Report of the Indian Hemp Drugs Commission, 1894-1895 - Volume VI
Year: 1894
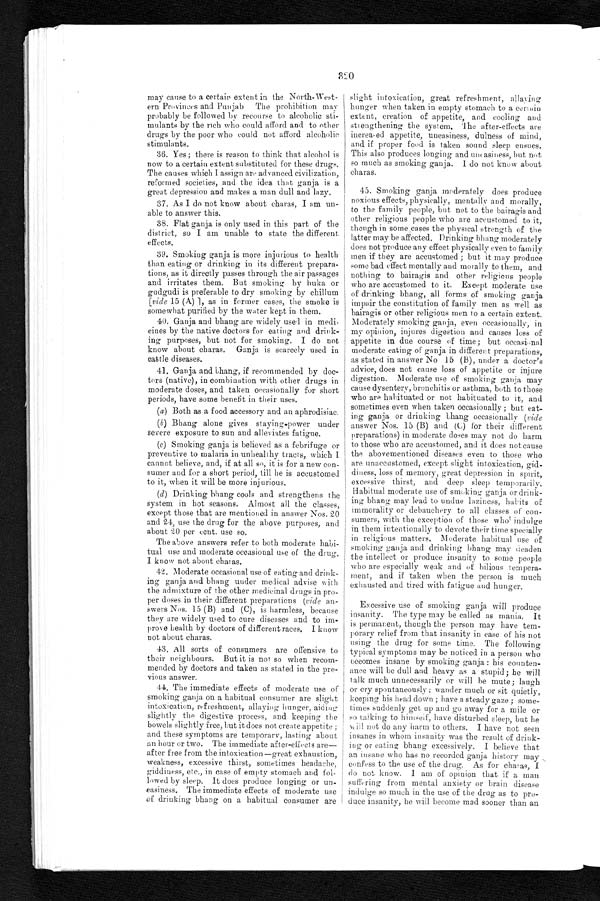
may cause to a certain extent in the North-West
- e r n P r o v i n c e s a n d P u n j a b T h e p r o h i b i t i o n m a y
probably be followed by recourse to alcoholic sti--
mulants by the rich who could afford and to other
drugs by the poor who could not afford alcoholic
stimulants.
36. Yes; there is reason to think that alcohol is
now to a certain extent substituted for these drugs.
The causes which I assign are advanced civilization,
reformed societies, and the idea that ganja is a
great depression and makes a man dull and lazy.
37. As I do not know about charas, I am un
-able to answer this.
38. Flat ganja is only used in this part of the
district, so I am unable to state the different
effects.
39. Smoking ganja is more injurious to health
than eating or drinking in its different prepara
- t i o n s , a s i t d i r e c t l y p a s s e s t h r o u g h t h e a i r p a s s a g e s
and irritates them. But smoking by huka or
gudgudi is preferable to dry smoking by chillum
[vide 1 5 ( A. ) ] , a s i n f o r me r c a s e s , t h e s mo k e i s
somewhat purified by the water kept in them.
40. Ganja and bhang are widely used in medi
-cines by the native doctors for eating and drink
- i n g p u r p o s e s , b u t n o t f o r s m o k i n g . I d o n o t
know about charas. Ganja is scarcely used in
cattle diseases.
41. Ganja and bhang, if recommended by doc
- t o r s ( n a t i v e ) , i n c o m b i n a t i o n w i t h o t h e r d r u g s i n
moderate doses, and taken occasionally for short
periods, have some benefit in their uses.
( a ) B o t h a s a f o o d a c c e s s o r y a n d a n a p h r o d i s i a c .
(b) Bhang alone gives staying-power under
severe exposure to sun and alleviates fatigue.
(c) Smoking ganja is believed as a febrifuge or
preventive to malaria in unhealthy tracts, which I
cannot believe, and, if at all so, it is for a new con
- s u m e r a n d f o r a s h o r t p e r i o d , t i l l h e i s a c c u s t o m e d
to it, when it will be more injurious.
(d) Drinking bhang cools and strengthens the
system in hot seasons. Almost all the classes,
except those that are mentioned in answer Nos. 20
and 24, use the drug for the above purposes, and
about 20 per cent. use so.
The above answers refer to both moderate habi
- t u a l u s e a n d m o d e r a t e o c c a s i o n a l u s e o f t h e d r u g .
I know not about charas.
42. Moderate occasional use of eating and drink
- i n g g a n j a a n d b h a n g u n d e r m e d i c a l a d v i s e w i t h
the admixture of the other medicinal drugs in pro--
per doses in their different preparations (vide an
- s w e r s N o s . 1 5 ( B ) a n d ( C ) , i s h a r m l e s s , b e c a u s e
they are widely used to cure diseases and to im--
prove health by doctors of different races. I know
not about charas.
43. All sorts of consumers are offensive to
their neighbours. But it is not so when recom-
mended by doctors and taken as stated in the pre--
vious answer.
44. The immediate effects of moderate use of
smoking ganja on a habitual consumer are slight
intoxication, refreshment, allaying hunger, aiding
slightly the digestive process, and keeping the
bowels slightly free, but it does not create appetite;
and these symptoms are temporary, lasting about
an hour or two. The immediate after-effects are
— a f t e r f r e e f r o m t h e i n t o x i c a t i o n — g r e a t e x h a u s t i o n ,
weakness, excessive thirst, sometimes headache,
giddiness, etc., in case of empty stomach and fol
-lowed by sleep. It does produce longing or un
- e a s i n e s s . T h e i m m e d i a t e e f f e c t s o f m o d e r a t e u s e
of drinking bhang on a habitual consumer are
slight intoxication, great refreshment, allaying
hunger when taken in empty stomach to a certain.
extent, creation of appetite, and cooling and
strengthening the system. The after-effects are
increased appetite, uneasiness, dulness of mind,
and if proper food is taken sound sleep ensues.
This also produces longing and uncasiness, but not
so much as smoking ganja. I do not know about
charas.
45. Smoking ganja moderately does produce
noxious effects, physic-ally, mentally and morally,
to the family people, but not to the bairagis and
other religious people who are accustomed to it,
though in some cases the physical strength of the
latter may be affected. Drinking bhang moderately
does not produce any effect physically even to family
men if they are accustomed; but it may produce
some bad effect mentally and morally to them, and
nothing to bairagis and other religions people
who are accustomed to it. Except moderate use
of drinking bhang, all forms of smoking ganja
impair the constitution of family men as well as
bairagis or other religious men to a certain extent.
Moderately smoking ganja, even occasionally, in
my opinion, injures digestion and causes loss of
appetite in due course of time; but occasional
moderate eating of ganja in different preparations,
as stated in answer No 15 (B), under a doctor's
advice, does not cause loss of appetite or injure
digestion. Moderate use of smoking ganja may
cause dysentery, bronchitis or asthma, both to those
who are habituated or not habituated to it, and
sometimes even when taken occasionally; but eat--
ing ganja or drinking bhang occasionally (vide
answer Nos. 15 (B) and (C) for their different
preparations) in moderate doses may not do harm
to those who are accustomed, and it does not cause
the abovementioned diseases even to those who
are unaccustomed, except slight intoxication, gid-
-diness, loss of memory, great depression in spirit,
excessive thirst, and deep sleep temporarily.
Habitual moderate use of smoking ganja or drink
-ing bhang may lead to undue laziness, habits of
immorality or debauchery to all classes of con-
-sumers, with the exception of those who indulge
in them intentionally to devote their time specially
in religious matters. Moderate habitual use of
smoking ganja and drinking bhang may deaden
the intellect or produce insanity to some people
who are especially weak and of bílious tempera
- m e n t , a n d i f t a k e n w h e n t h e p e r s o n i s m u c h
exhausted and tired with fatigue and hunger.
Excessive use of smoking ganja will produce
insanity. The type may be called as mania, It
is permanent, though the person may have tem-
- p o r a r y r e l i e f f r o m t h a t i n s a n i t y i n c a s e o f h i s n o t
using the drug for some tune. The following
typical symptoms may be noticed in a person who
becomes insane by smoking ganja: his counten-
- a n c e w i l l b e d u l l a n d h e a v y a s a s t u p i d ; h e w i l l
talk much unnecessarily or will be mute; laugh
or cry spontaneously; wander much or sit quietly,
keeping his head down; have a steady gaze; some--
times suddenly get up and go away for a mile or
so talking to himself, have disturbed sleep, but he
w i l l
n o t d o a n y h a r m t o o t h e r s . I h a v e n o t s e e n
insanes in whom insanity was the result of drink--
ing or eating bhang excessively. I believe that
an insane who has no recorded ganja history may
confess to the use of the drug. As for charas,
I d o n o t k n o w . I a m o f o p i n i o n t h a t i f a m a n
suffering from mental anxiety or brain disease
indulge so much in the use of the drug as to pro--
duce insanity, he will become mad sooner than an